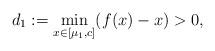
LaTeX: \begin{align*}d_1 := \min_{x \in [\mu_1, c]} (f(x)-x) >0,\end{align*}